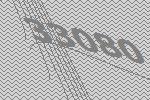
33080